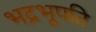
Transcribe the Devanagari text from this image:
भद्रभूपति